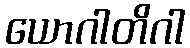
ယောဂါတိဂါ